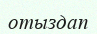
отыздап